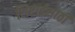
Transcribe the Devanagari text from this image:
शिष्टाईसाठी